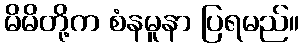
မိမိတို့က စံနမူနာ ပြရမည်။